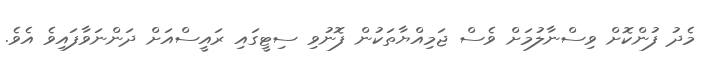
މެދު ފުންކޮށް ވިސްނާލުމަށް ވެސް ޖަމިއްޔާތަކުން ފޮނުވި ސިޓީގައި ރައީސްއަށް ދަންނަވާފައިވެ އެވެ.